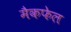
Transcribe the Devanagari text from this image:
मैकफेल